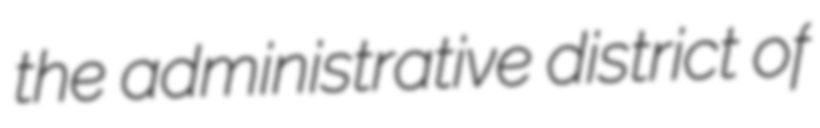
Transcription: the administrative district of